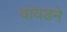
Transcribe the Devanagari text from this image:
वायडने